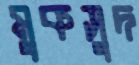
মুকসুদ